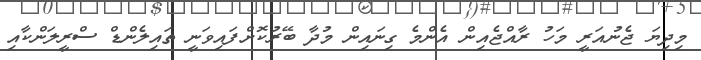
މިދިޔަ ޖެނުއަރީ މަހު ރާއްޖެއިން އެންމެ ގިނައިން މުދާ ބޭރުކޮށްފައިވަނީ ތައިލެންޑް ސްރީލަންކާއި